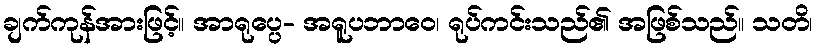
ချက်ကုန်အားဖြင့်။ အာရုပ္ပေ- အရူပဘာဝေ၊ ရုပ်ကင်းသည်၏ အဖြစ်သည်။ သတိ၊